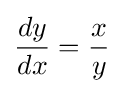
{\frac {dy}{dx}}={\frac {x}{y}}